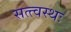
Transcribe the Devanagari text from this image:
सत्त्वस्थः